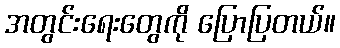
အတွင်းရေးတွေကို ပြောပြတယ်။